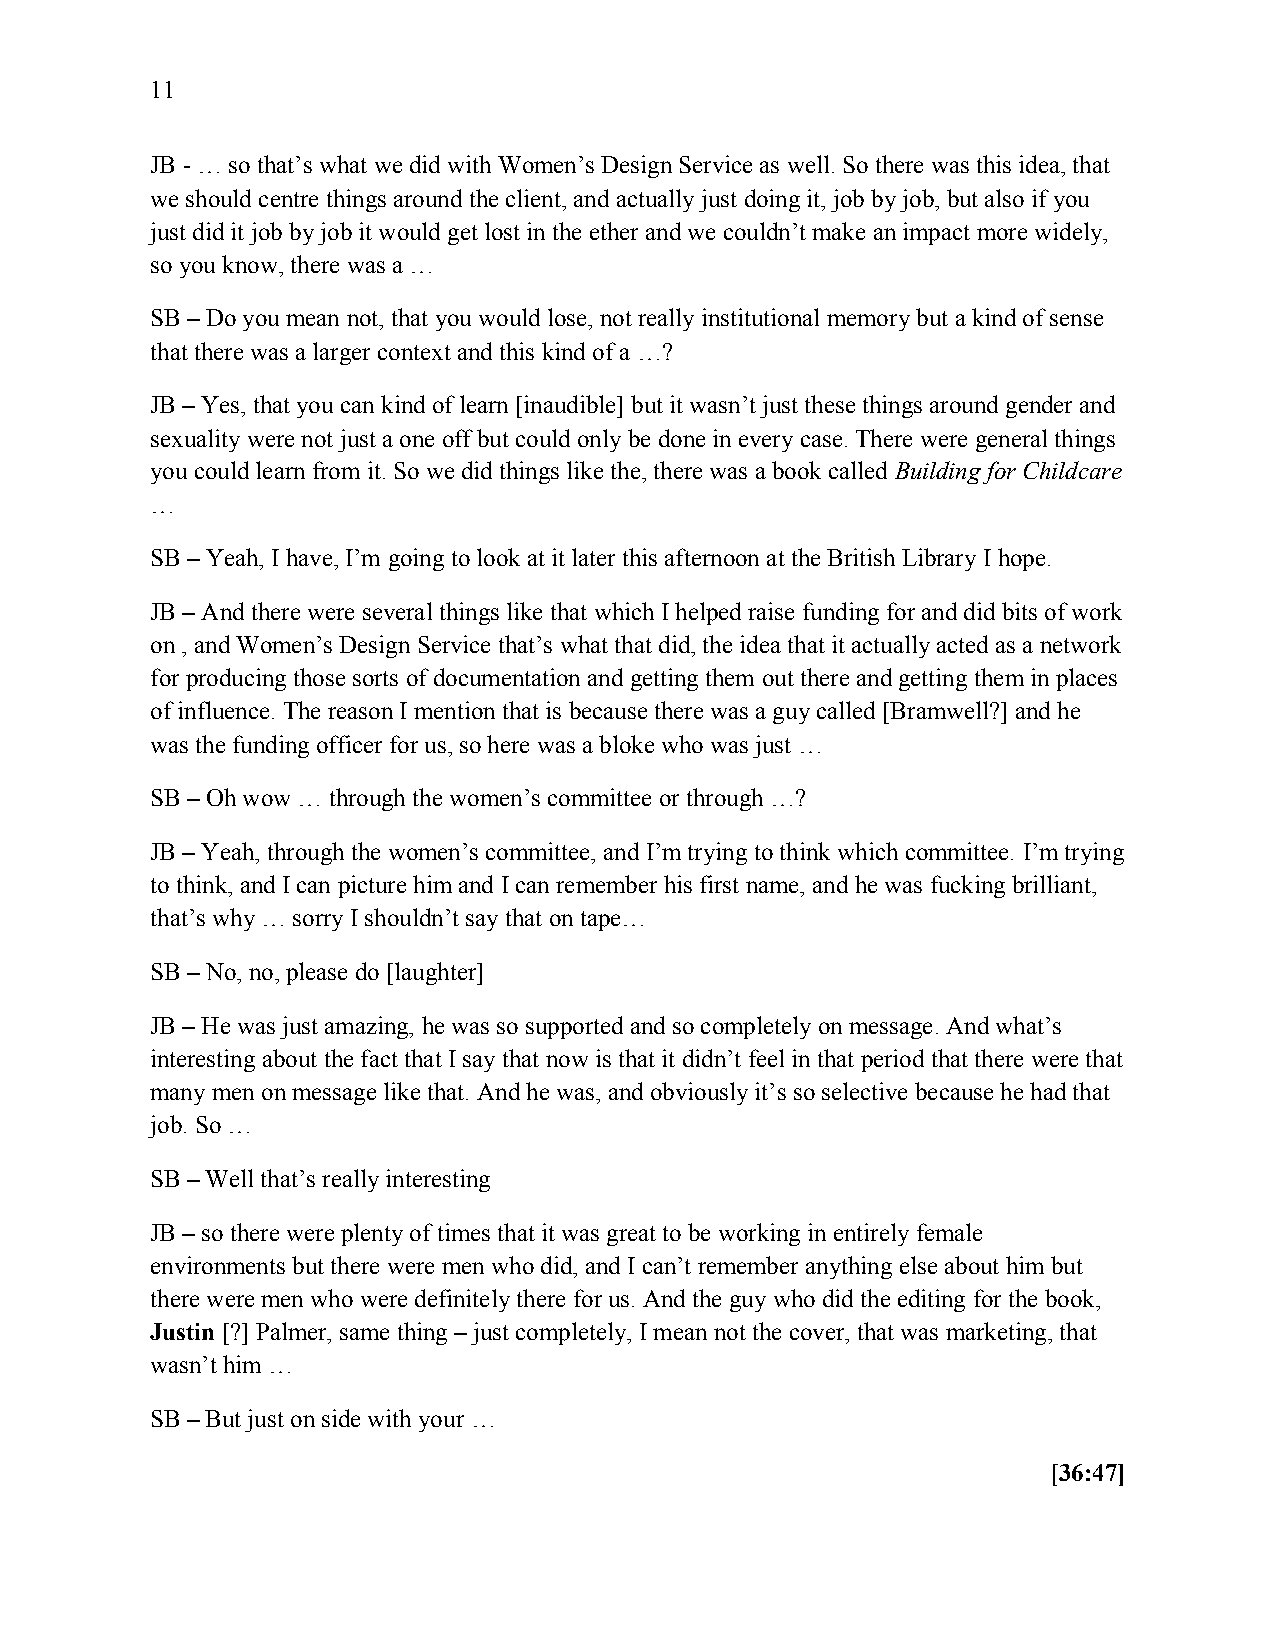
11
 JB - … so that’s what we did with Women’s Design Service as well. So there was this idea, that
 we should centre things around the client, and actually just doing it, job by job, but also if you
 just did it job by job it would get lost in the ether and we couldn’t make an impact more widely,
 so you know, there was a …
 SB – Do you mean not, that you would lose, not really institutional memory but a kind of sense
 that there was a larger context and this kind of a …?
 JB – Yes, that you can kind of learn [inaudible] but it wasn’t just these things around gender and
 sexuality were not just a one off but could only be done in every case. There were general things
 you could learn from it. So we did things like the, there was a book called Building for Childcare
 …
 SB – Yeah, I have, I’m going to look at it later this afternoon at the British Library I hope.
 JB – And there were several things like that which I helped raise funding for and did bits of work
 on , and Women’s Design Service that’s what that did, the idea that it actually acted as a network
 for producing those sorts of documentation and getting them out there and getting them in places
 of influence. The reason I mention that is because there was a guy called [Bramwell?] and he
 was the funding officer for us, so here was a bloke who was just …
 SB – Oh wow … through the women’s committee or through …?
 JB – Yeah, through the women’s committee, and I’m trying to think which committee. I’m trying
 to think, and I can picture him and I can remember his first name, and he was fucking brilliant,
 that’s why … sorry I shouldn’t say that on tape…
 SB – No, no, please do [laughter]
 JB – He was just amazing, he was so supported and so completely on message. And what’s
 interesting about the fact that I say that now is that it didn’t feel in that period that there were that
 many men on message like that. And he was, and obviously it’s so selective because he had that
 job. So …
 SB – Well that’s really interesting
 JB – so there were plenty of times that it was great to be working in entirely female
 environments but there were men who did, and I can’t remember anything else about him but
 there were men who were definitely there for us. And the guy who did the editing for the book,
 Justin [?] Palmer, same thing – just completely, I mean not the cover, that was marketing, that
 wasn’t him …
 SB – But just on side with your …
 [36:47]